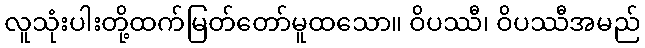
လူသုံးပါးတို့ထက်မြတ်တော်မူထသော။ ဝိပဿီ၊ ဝိပဿီအမည်